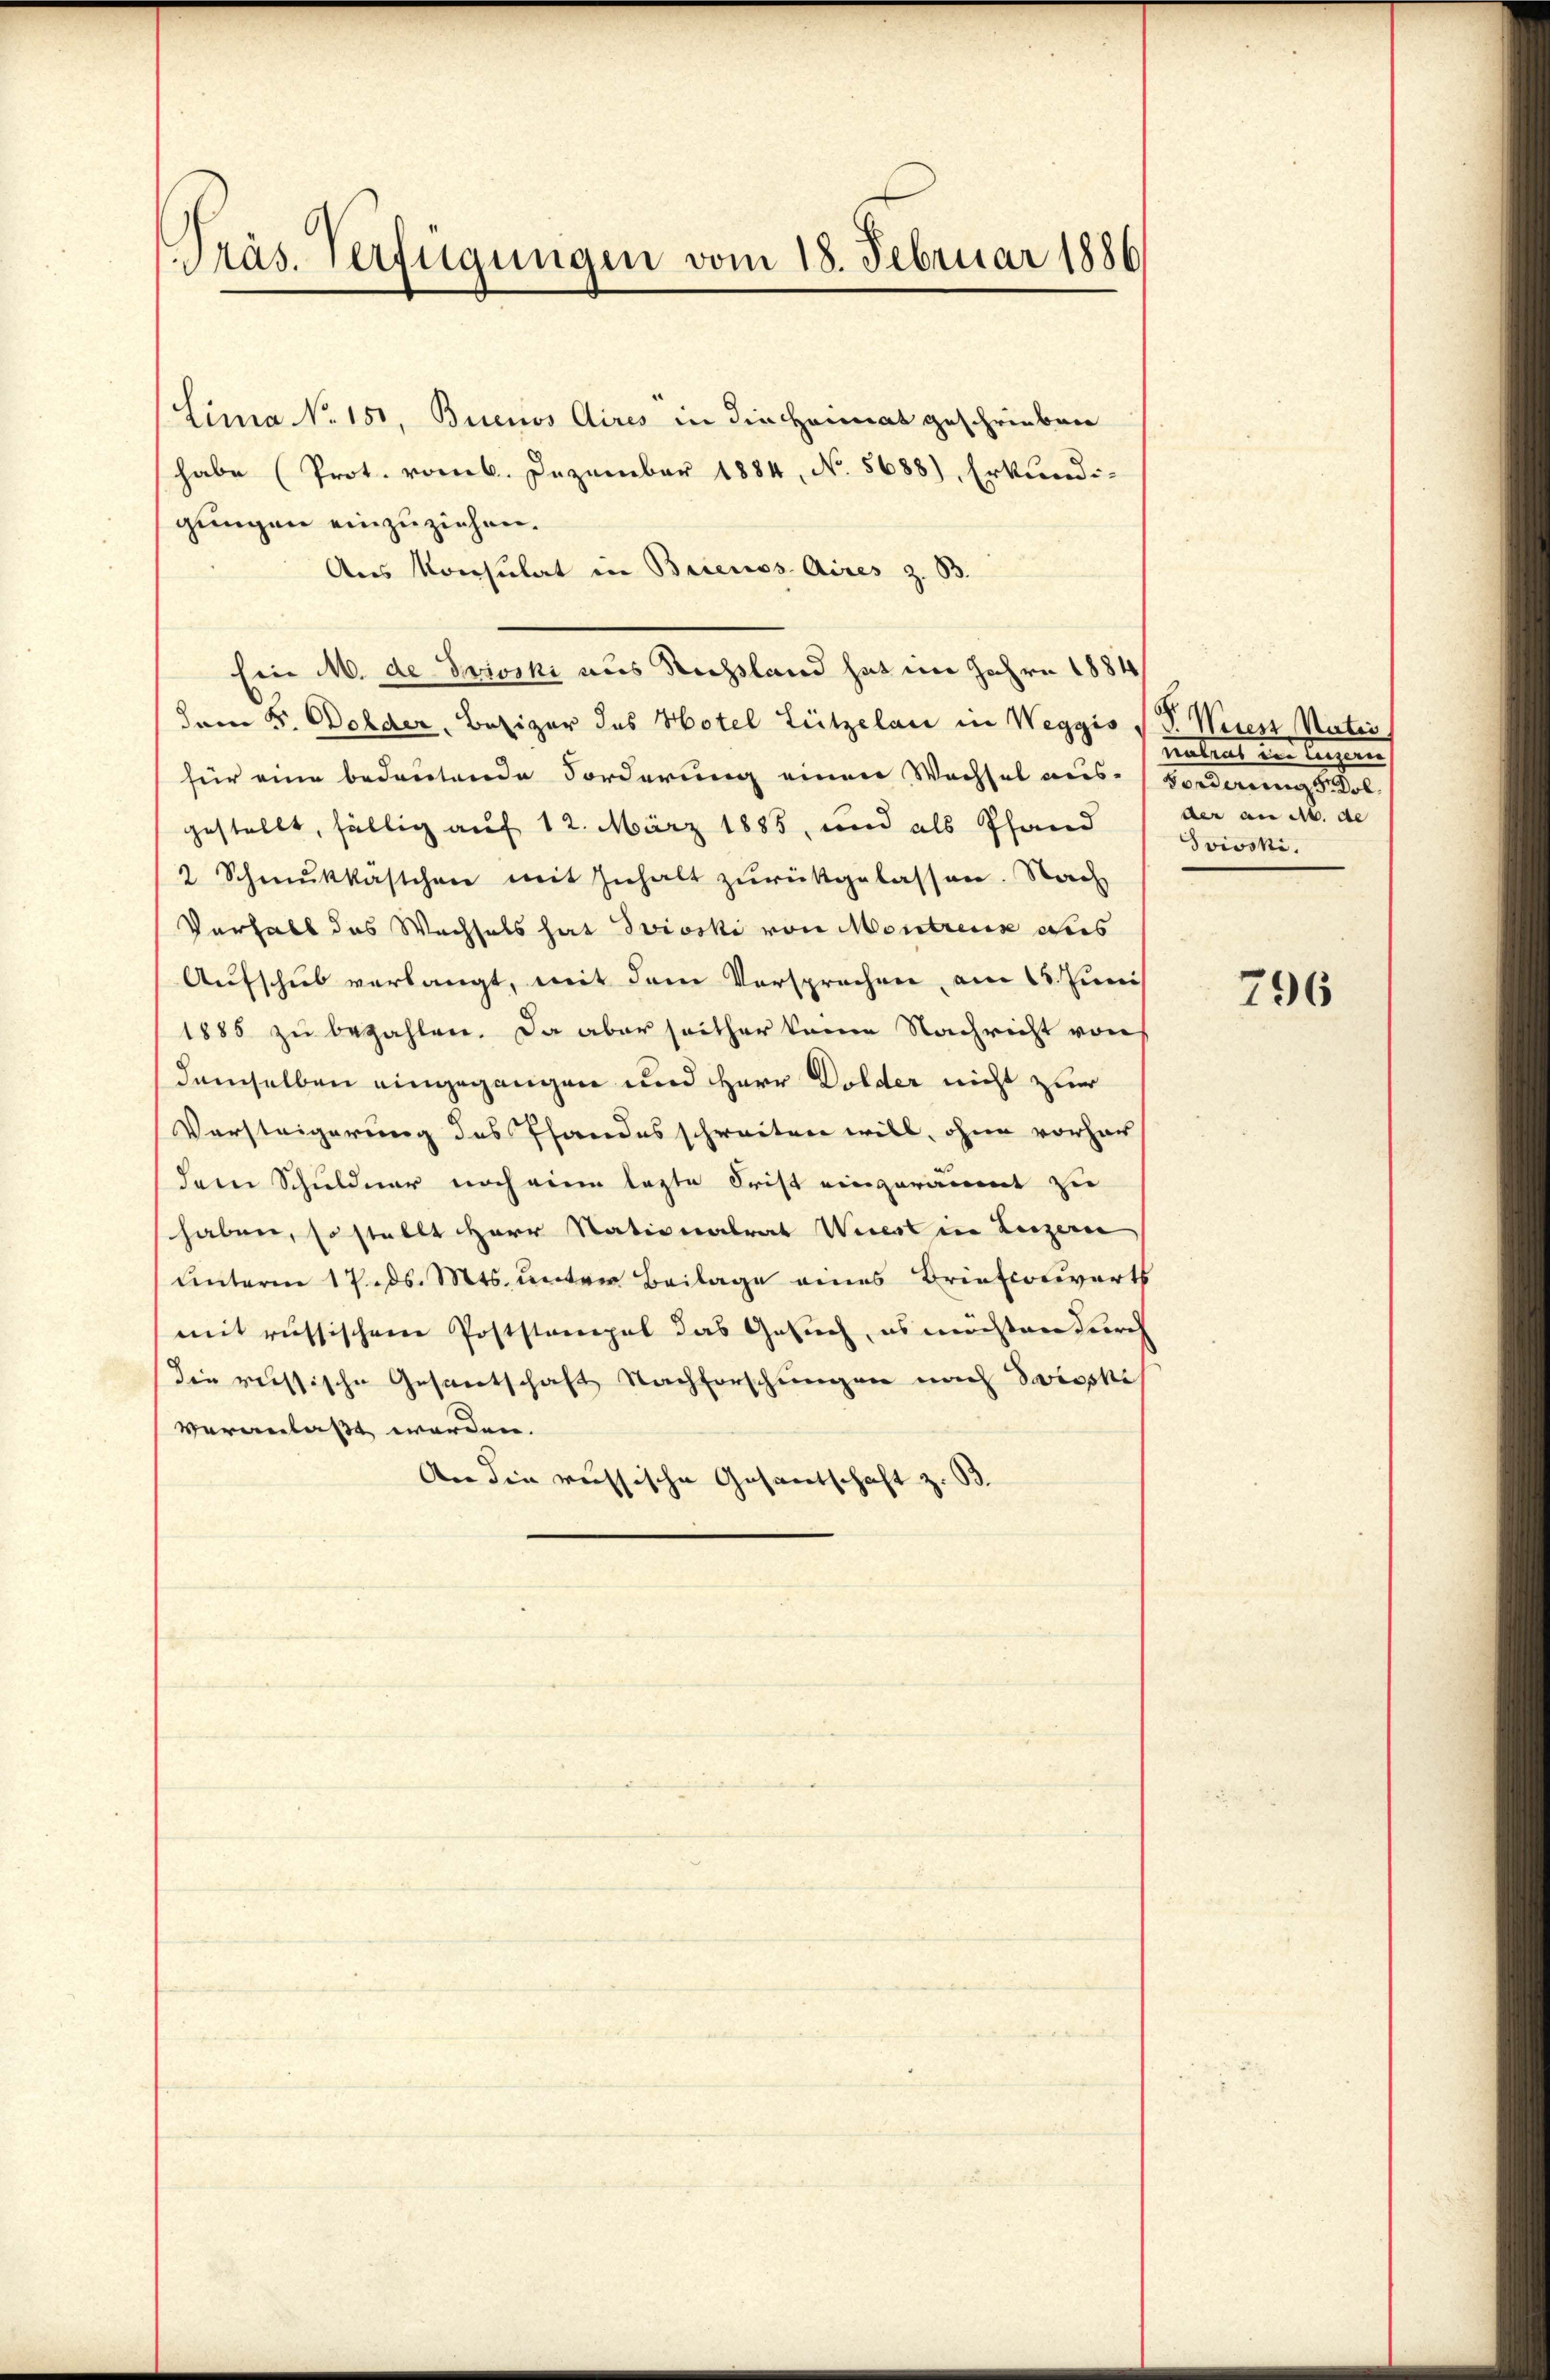
Präs. Verfügungen vom 18. Februar 1886

Lima No. 151, Buenos Aires in die Heimat geschrieben
habe (Prot. vom 6. Dezember 1884, No. 5688), Erkundi-
gungen einzuziehen.
Aus Konsulat in Brienos Aires z. B.
Ein M. de Grieski aus Rechtland hat im Jahre 1884
dem H. Dolder, Besizer des Hotel Lützelau in Weggis P. P. Wiess Natio
für eine bedeutende Forderung einen Wechsel aus-Vorderung s. Kol-
gestellt, fällig auf 12. März 1885, und als Pfand
2 Schmŭkkästchen mit Inhalt zurückgelassen. Nach
Verhalt das Wachsels hat Svioski von Montreux aus
Aufschub verlangt, mit dem Vorsprechen am 15. Juni
1885 zu bezahlen. Da aber seither keine Nachricht von
demselben eingegangen und Herr Dolder nicht zur
Versteigerung des Pfandes schreiten will, ohne vorhar
dem Schuldner noch eine lezte Frist eingeräumt zu
haben, so stellt Herr Nationalrat Wiest in Luzern
unterm 17. ds. Mts. unter Beilage eines Brieftorwarts
mit russischen Poststempel das Gesuch, es müßen durch
die reissische Gesantschaft Nachforschungen nach Booski
veranlaßt worden.
An die russische Gesantschaft z. B.

untert im legens
der an Ab. de
Svivski.

796